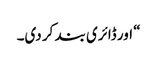
“ اور ڈائری بند کر دی۔